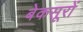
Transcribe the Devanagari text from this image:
बेकसूरों